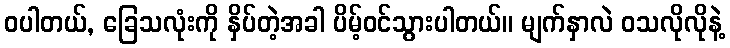
ဝပါတယ်, ခြေသလုံးကို နှိပ်တဲ့အခါ ပိမ့်ဝင်သွားပါတယ်။ မျက်နှာလဲ ဝသလိုလိုနဲ့